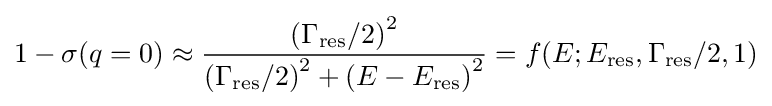
1-\sigma (q=0)\approx {\frac {\left(\Gamma _{\mathrm {res} }/2\right)^{2}}{\left(\Gamma _{\mathrm {res} }/2\right)^{2}+\left(E-E_{\mathrm {res} }\right)^{2}}}=f(E;E_{\mathrm {res} },\Gamma _{\mathrm {res} }/2,1)